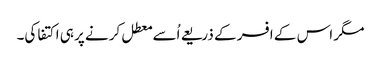
مگر اس کے افسر کے ذریعے اُسے معطل کرنے پر ہی اکتفا کی۔